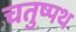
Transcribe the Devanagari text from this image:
चतुष्पथ